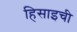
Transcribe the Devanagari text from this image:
हिसाइची